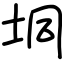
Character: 垌